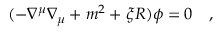
( - \nabla ^ { \mu } \nabla _ { \mu } + m ^ { 2 } + \xi R ) \phi = 0 ~ ~ ~ ,